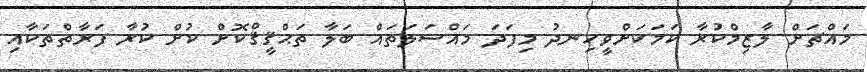
މައްޗަށް ލާޒިމްކުރާ ކަމަކަށްވީހިނދު މިފަދަ މައްސަލަތައް ބަލާ ތަޙްޤީޤްްކޮށް ކުށް ކުރާ ފަރާތްތަކާއި